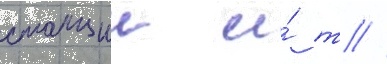
станции и́ т //